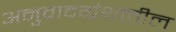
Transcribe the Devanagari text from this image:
अनुवादग्रंथातील